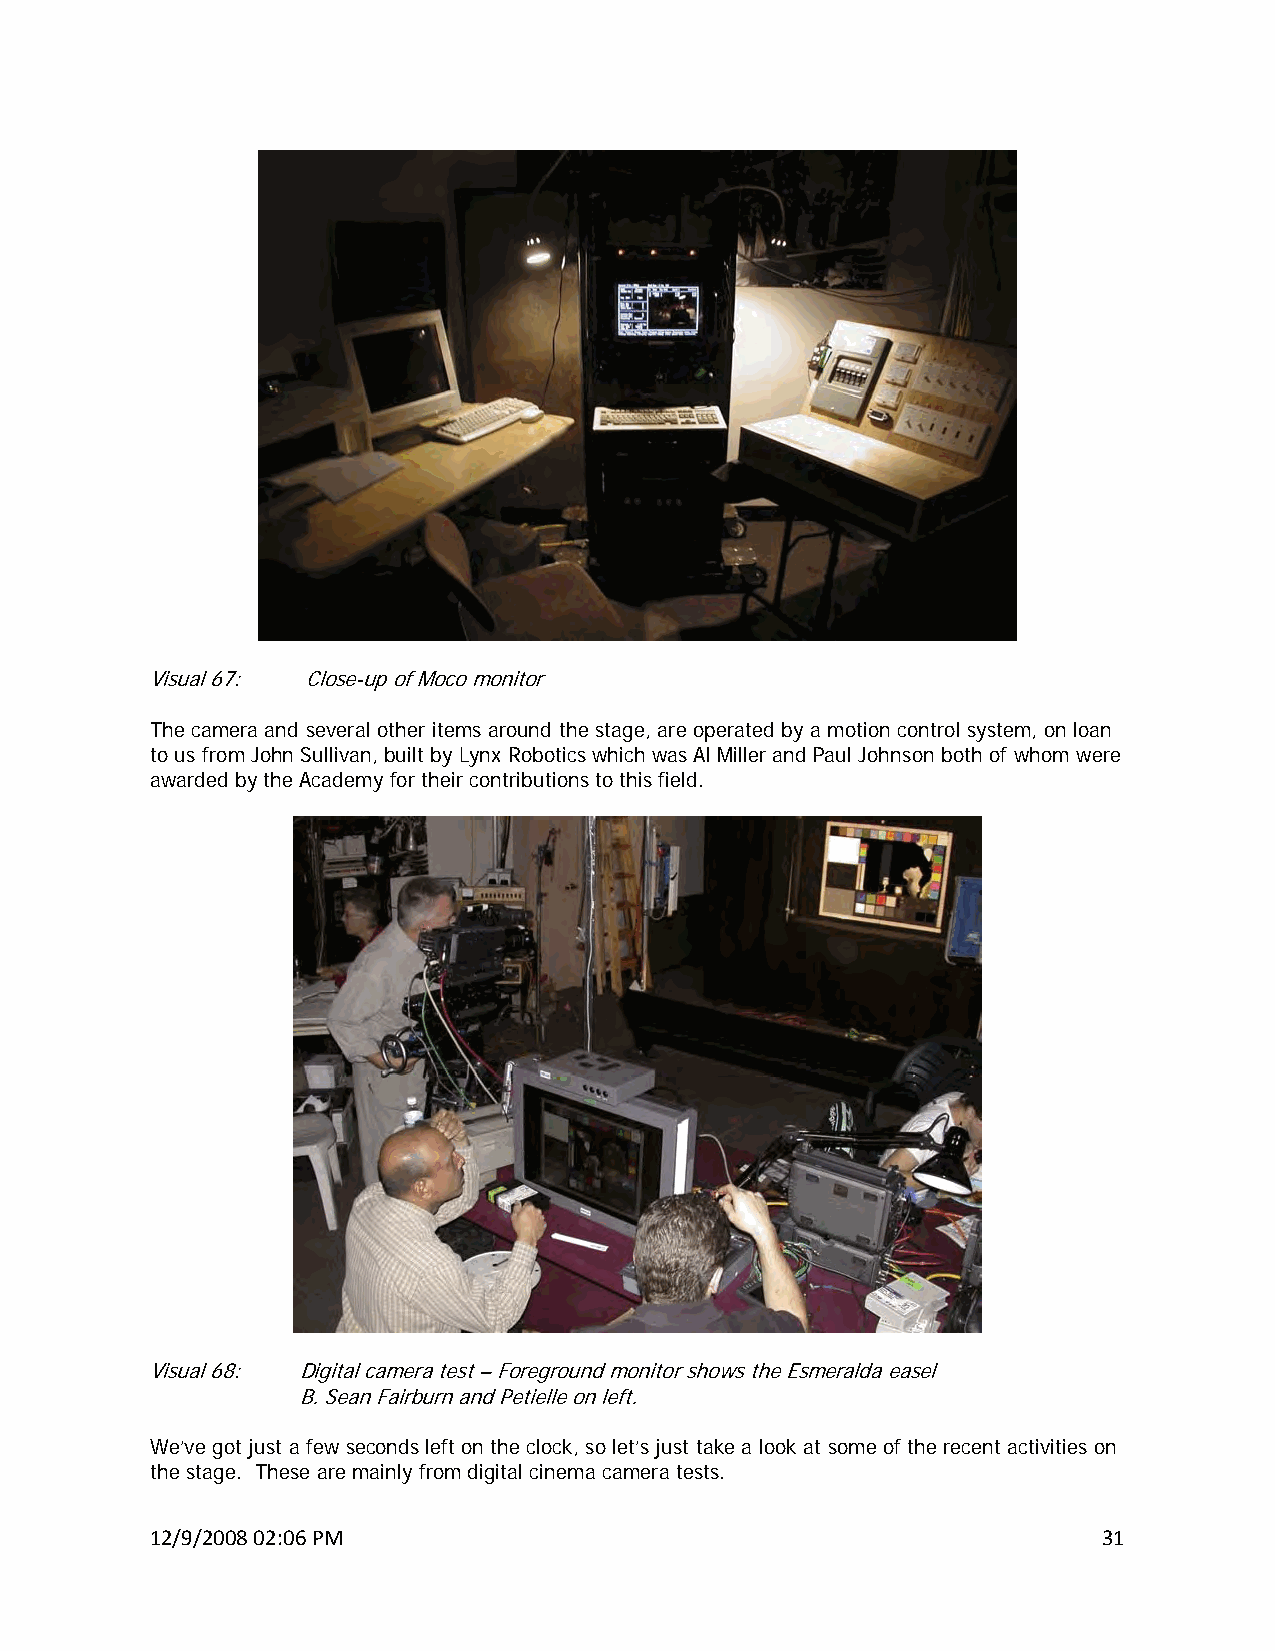
Visual 67: Close-up of Moco monitor
 The camera and several other items around the stage, are operated by a motion control system, on loan
 to us from John Sullivan, built by Lynx Robotics which was Al Miller and Paul Johnson both of whom were
 awarded by the Academy for their contributions to this field.
 Visual 68: Digital camera test – Foreground monitor shows the Esmeralda easel
 B. Sean Fairburn and Petielle on left.
 We’ve got just a few seconds left on the clock, so let’s just take a look at some of the recent activities on
 the stage. These are mainly from digital cinema camera tests.
 12/9/2008 02:06 PM                                             31